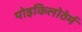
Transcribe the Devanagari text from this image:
पोइकिलोठेर्म